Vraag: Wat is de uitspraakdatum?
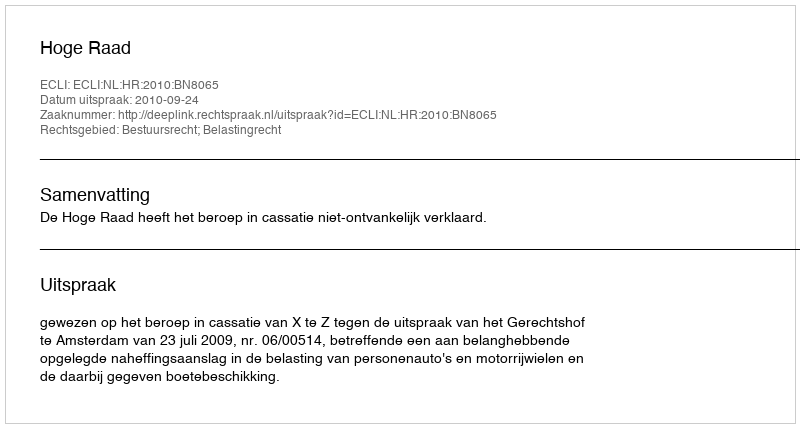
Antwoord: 2010-09-24